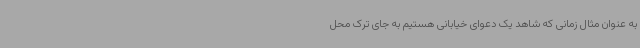
به عنوان مثال زمانی که شاهد یک دعوای خیابانی هستیم به جای ترک محل